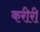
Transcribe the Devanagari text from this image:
करीरी